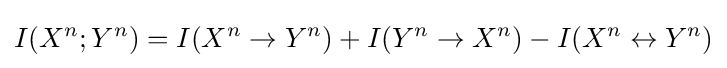
I(X^{n};Y^{n})=I(X^{n}\to Y^{n})+I(Y^{n}\to X^{n})-I(X^{n}\leftrightarrow Y^{n})